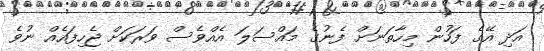
އަދި އޭގެ ފަހުން މިހާތަނަށް ފެނުގެ މައްސަލަ އެއްވެސް ވަރަކަށް ޖެހިފައެއް ނުވެ